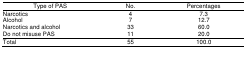
<table><thead><tr><td><b>Type of PAS</b></td><td><b>No.</b></td><td><b>Percentages</b></td></tr></thead><tbody><tr><td>Narcotics</td><td>4</td><td>7.3</td></tr><tr><td>Alcohol</td><td>7</td><td>12.7</td></tr><tr><td>Narcotics and alcohol</td><td>33</td><td>60.0</td></tr><tr><td>Do not misuse PAS</td><td>11</td><td>20.0</td></tr><tr><td>Total</td><td>55</td><td>100.0</td></tr></tbody></table>